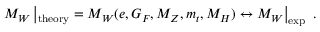
M _ { W } \left| _ \mathrm { t h e o r y } = M _ { W } ( e , G _ { F } , M _ { Z } , m _ { t } , M _ { H } ) \leftrightarrow M _ { W } \right| _ { \mathrm { e x p } } ~ .